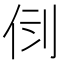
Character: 𠛷